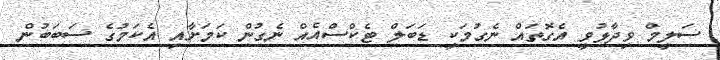
ސަލީމް ވިދާޅުވީ އެގޮތައް ނެގުމަކީ ޑަބަލް ޓެކްސްއެއް ނެގުން ކަމަށާއި އެކަމުގެ ސަބަބުން